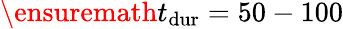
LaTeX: \ensuremath{t_{\mathrm{dur}}}=50-100